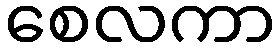
စေလကာ